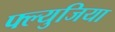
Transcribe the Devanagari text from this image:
फ्ल्युजिया